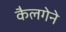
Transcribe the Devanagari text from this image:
कैलगेने